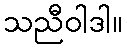
သညီဝါဒါ။